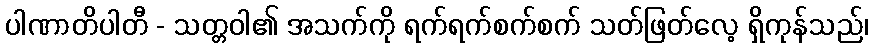
ပါဏာတိပါတီ - သတ္တဝါ၏ အသက်ကို ရက်ရက်စက်စက် သတ်ဖြတ်လေ့ ရှိကုန်သည်၊